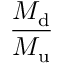
\frac { M _ { \mathrm { d } } } { M _ { \mathrm { u } } }